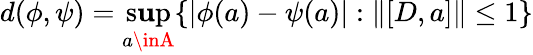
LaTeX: d(\phi,\psi)=\operatorname*{s\mathbf{u}p}_{a\inA}\{ |\phi(a)-\psi(a)|:\| [D,a]\| \le1\}